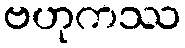
ဗဟုကဿ